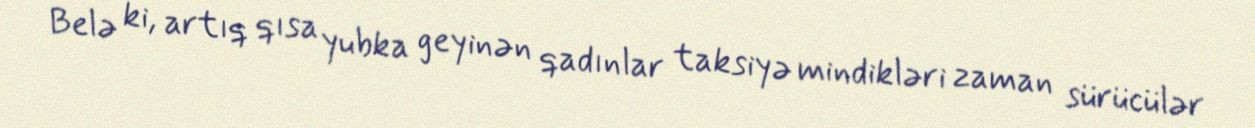
Belə ki, artıq qısa yubka geyinən qadınlar taksiyə mindikləri zaman sürücülər